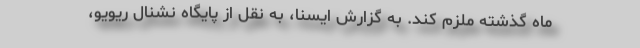
ماه گذشته ملزم کند. به گزارش ایسنا، به نقل از پایگاه نشنال ریویو،